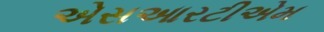
એસઆરટીએમ